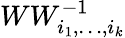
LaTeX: WW_{i_{1},\dots,i_{k}}^{-1}